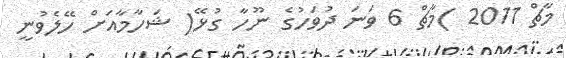
މާޗް 2011 )މާޗް 6 ވަނަ ދުވަހުގެ ނޫހާ ގުޅޭ( ޝަހާމާއަށް ހޭލެވުނީ